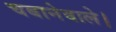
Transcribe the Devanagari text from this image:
चबानेवाले।